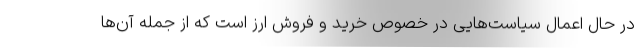
در حال اعمال سیاست‌هایی در خصوص خرید و فروش ارز است که از جمله آن‌ها